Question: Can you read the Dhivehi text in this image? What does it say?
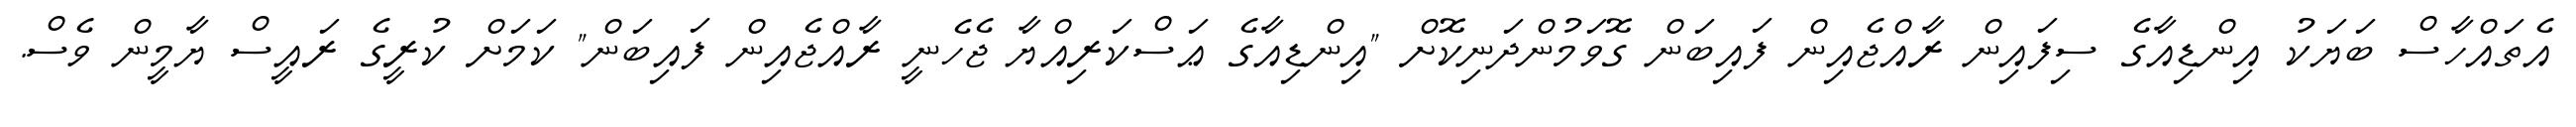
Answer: އެތައްހާސް ބަޔަކު އިންޑިއާގެ ސިފައިން ރާއްޖެއިން ފައިބަން ގޮވަމުންދަނިކޮށް "އިންޑިއާގެ ޢަސްކަރިއްޔާ ޖެހެނީ ރާއްޖެއިން ފައިބަން" ކަމަށް ކުރީގެ ރައީސް ޔާމީން ވެސް.